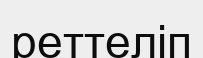
реттеліп